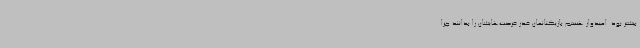
بیشتر بود. امیدوار هستم بازیکنانمان قدر فرصت‌هایشان را بدانند چرا